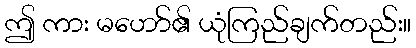
ဤ ကား မဟော်၏ ယုံကြည်ချက်တည်း။